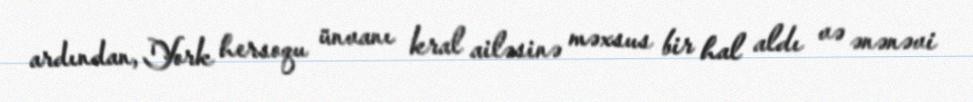
ardından, York hersoqu ünvanı kral ailəsinə məxsus bir hal aldı və ənənəvi